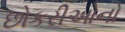
છોકરીઓનો